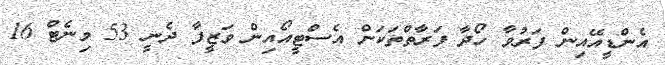
އެންޑީއޭއިން ފަރުވާ ހޯދާ ފަރާތްތަކަށް އެސްޓީއޯއިން ވަޒީފާ ދެނީ 53 މިނެޓް 16